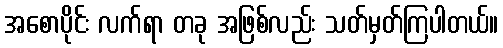
အစောပိုင်း လက်ရာ တခု အဖြစ်လည်း သတ်မှတ်ကြပါတယ်။